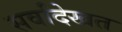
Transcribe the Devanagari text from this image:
सर्वांदेखत